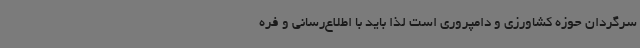
سرگردان حوزه کشاورزی و دامپروری است لذا باید با اطلاع‌رسانی و فره